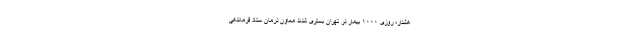
هشدار؛ روزی ۱۰۰۰ بیمار در تهران بستری شدند معاون درمان ستاد فرماندهی